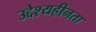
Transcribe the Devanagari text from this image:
उद्देश्यहीनता